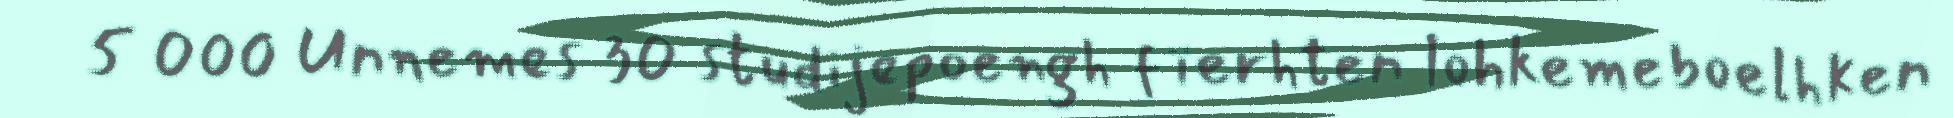
5 000 Unnemes 30 studijepoengh fïerhten lohkemeboelhken